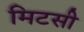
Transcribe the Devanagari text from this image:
मिटसी